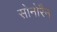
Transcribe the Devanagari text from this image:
सोनोरैन